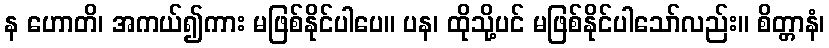
န ဟောတိ၊ အကယ်၍ကား မဖြစ်နိုင်ပါပေ။ ပန၊ ထိုသို့ပင် မဖြစ်နိုင်ပါသော်လည်း။ စိတ္တာနံ၊